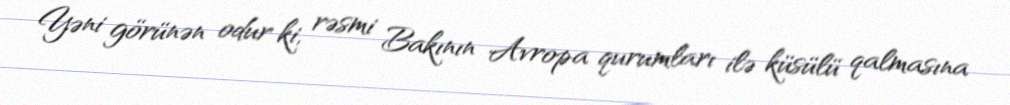
Yəni görünən odur ki, rəsmi Bakının Avropa qurumları ilə küsülü qalmasına